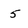
Character: 5